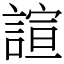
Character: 諠